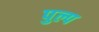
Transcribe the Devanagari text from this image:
पुल्प